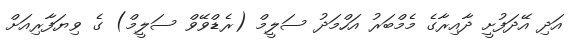
އަދި އޭދަފުށީ ދާއިރާގެ މެމްބަރު އަހްމަދު ސަލީމް (ރެޑްވޭވް ސަލީމް) ގެ ވިޔަފާރިއަށް